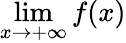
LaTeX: \operatorname*{lim}_{x\to+\infty}{f(x)}